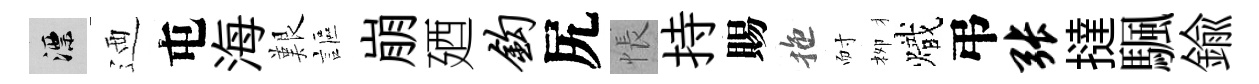
漂迺屯海艱謳崩廼钩尻悵持賜拖耐栁熾弔张撻颿鍮